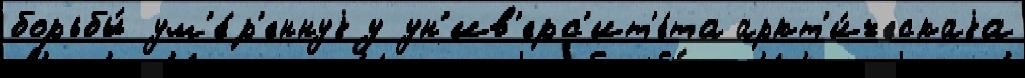
борьбы́ ум'е́р'еннуjу ун'ив'ерс'ит'е́та аркт'и́ческаjа